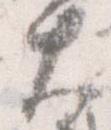
大